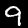
Label: 9